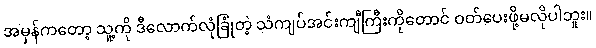
အမှန်ကတော့ သူ့ကို ဒီလောက်လုံခြုံတဲ့ သံကျပ်အင်းကျီကြီးကိုတောင် ဝတ်ပေးဖို့မလိုပါဘူး။